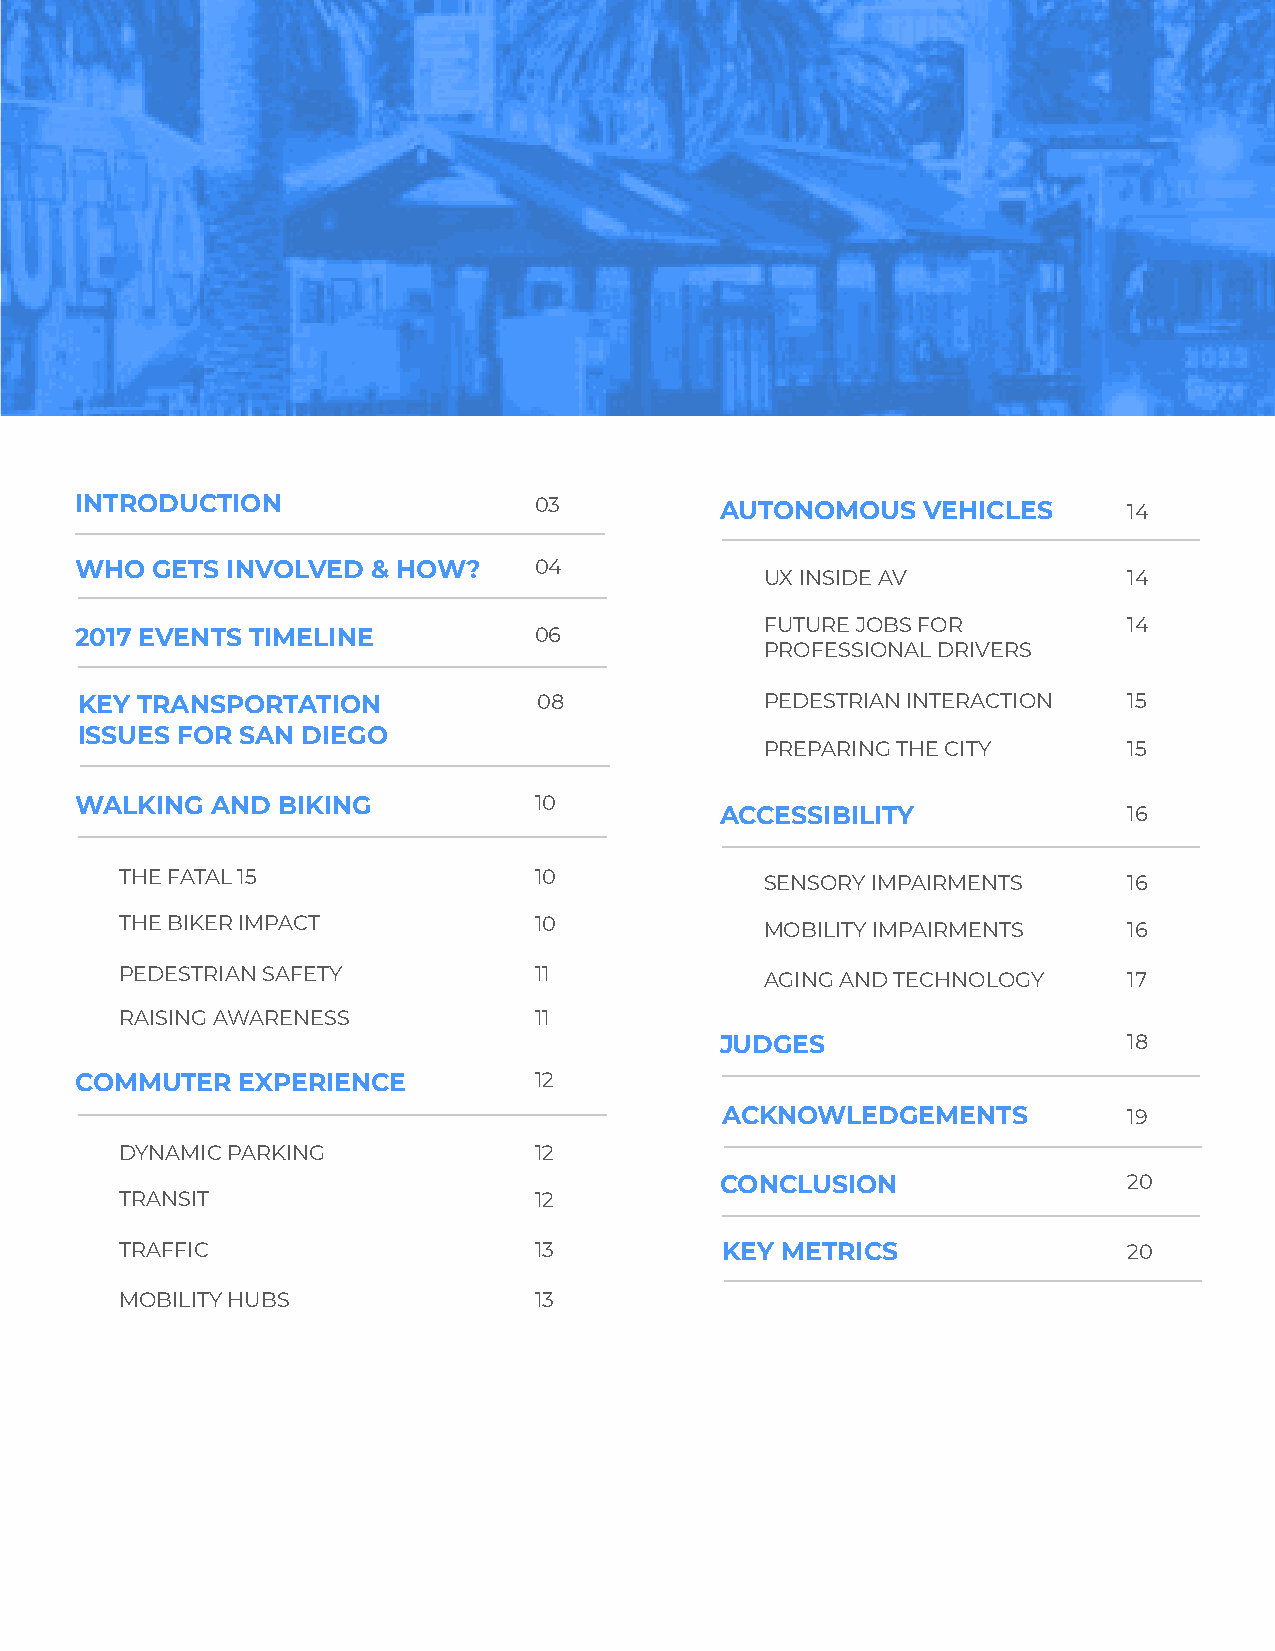
INTRODUCTION                  03           AUTONOMOUS   VEHICLES      14
 WHO  GETS INVOLVED  & HOW?    04
 UX INSIDE AV            14
 FUTURE JOBS FOR         14
 2017 EVENTS TIMELINE          06
 PROFESSIONAL DRIVERS
 KEY TRANSPORTATION             08             PEDESTRIAN INTERACTION  15
 ISSUES FOR SAN DIEGO
 PREPARING THE CITY      15
 WALKING  AND BIKING           10
 ACCESSIBILITY              16
 THE FATAL 15               10
 SENSORY IMPAIRMENTS     16
 THE BIKER IMPACT           10              MOBILITY IMPAIRMENTS    16
 PEDESTRIAN SAFETY          11
 AGING AND TECHNOLOGY    17
 RAISING AWARENESS          11
 JUDGES                     18
 COMMUTER   EXPERIENCE         12
 ACKNOWLEDGEMENTS           19
 DYNAMIC PARKING            12
 CONCLUSION                 20
 TRANSIT                    12
 TRAFFIC                    13           KEY METRICS                20
 MOBILITY HUBS              13